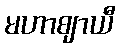
မဟာဈာယီ